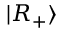
| R _ { + } \rangle